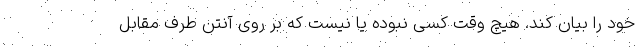
خود را بیان کند. هیچ وقت کسی نبوده یا نیست که بر روی آنتن طرف مقابل